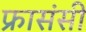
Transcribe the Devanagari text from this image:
फ्रासंसी